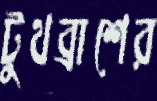
টুথব্রাশের